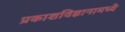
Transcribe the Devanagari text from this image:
प्रकाशविज्ञानामध्ये